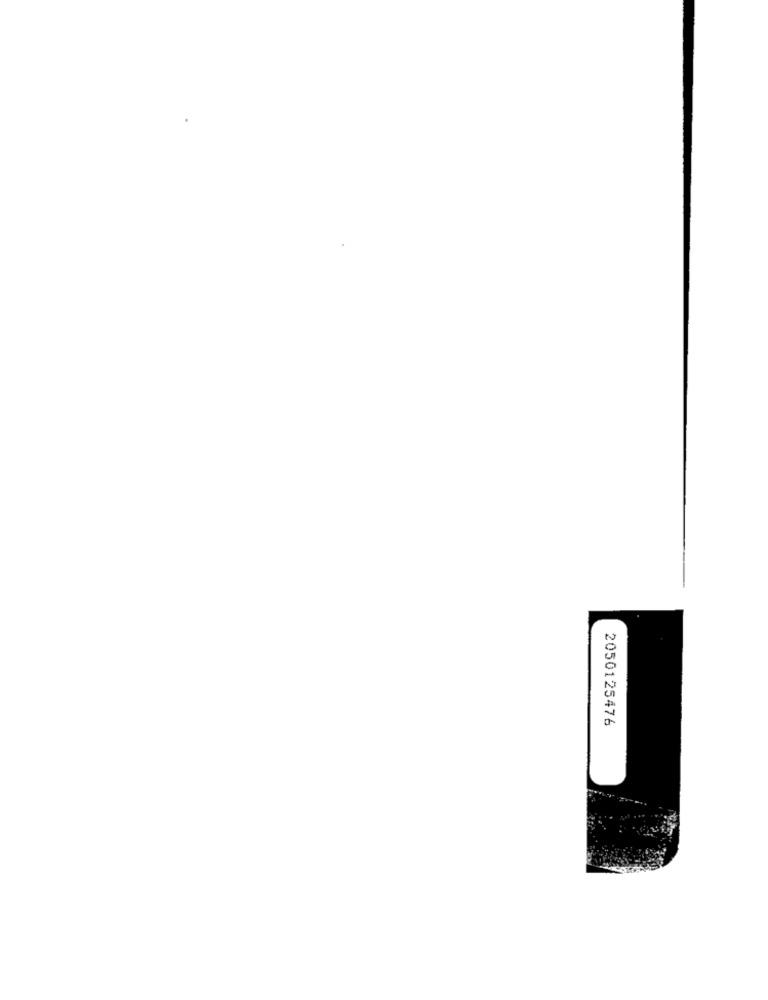
2050125476